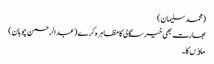
(محمد سلیمان)
بھارت بھی خیر سگالی کا مظاہر ہ کرے(عبدالرحمن چوہان)
ماﺅں کا۔